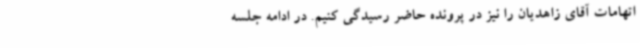
اتهامات آقای زاهدیان را نیز در پرونده حاضر رسیدگی کنیم. در ادامه جلسه